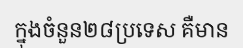
ក្នុងចំនួន២៨ប្រទេស គឺមាន